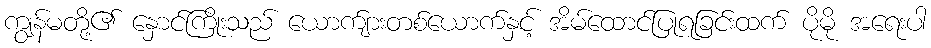
ကျွန်မတို့၏ နှောင်ကြိုးသည် ယောက်ျားတစ်ယောက်နှင့် အိမ်ထောင်ပြုရခြင်းထက် ပိုမို အရေးပါ